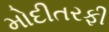
મોદીતરફી